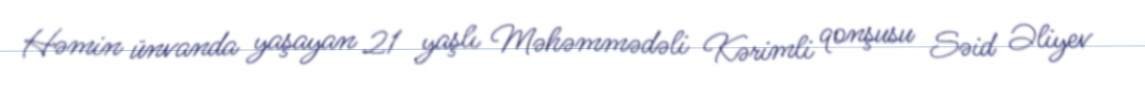
Həmin ünvanda yaşayan 21 yaşlı Məhəmmədəli Kərimli qonşusu Səid Əliyev